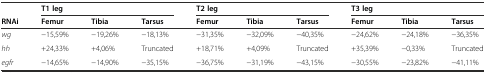
<table><thead><tr><td></td><td colspan="3"><b>T1 leg</b></td><td colspan="3"><b>T2 leg</b></td><td colspan="3"><b>T3 leg</b></td></tr><tr><td><b>RNAi</b></td><td><b>Femur</b></td><td><b>Tibia</b></td><td><b>Tarsus</b></td><td><b>Femur</b></td><td><b>Tibia</b></td><td><b>Tarsus</b></td><td><b>Femur</b></td><td><b>Tibia</b></td><td><b>Tarsus</b></td></tr></thead><tbody><tr><td><i>wg</i></td><td>−15,59%</td><td>−19,26%</td><td>−18,13%</td><td>−31,35%</td><td>−32,09%</td><td>−40,35%</td><td>−24,62%</td><td>−24,18%</td><td>−36,35%</td></tr><tr><td><i>hh</i></td><td>+24,33%</td><td>+4,06%</td><td>Truncated</td><td>+18,71%</td><td>+4,09%</td><td>Truncated</td><td>+35,39%</td><td>−0,33%</td><td>Truncated</td></tr><tr><td><i>egfr</i></td><td>−14,65%</td><td>−14,90%</td><td>−35,15%</td><td>−36,75%</td><td>−31,19%</td><td>−43,15%</td><td>−30,55%</td><td>−23,82%</td><td>−41,11%</td></tr></tbody></table>